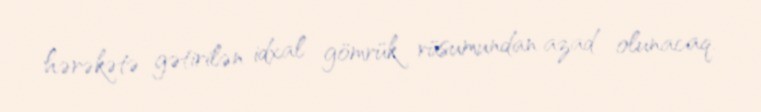
hərəkətə gətirilən idxal gömrük rüsumundan azad olunacaq.